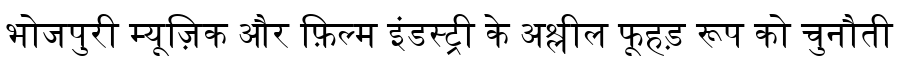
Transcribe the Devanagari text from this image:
भोजपुरी म्यूज़िक और फ़िल्म इंडस्ट्री के अश्लील फूहड़ रूप को चुनौती